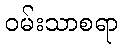
ဝမ်းသာစရာ